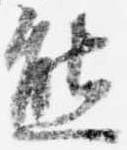
熊